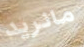
مانريد